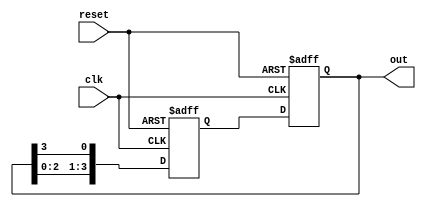
module RingCounter(
    input wire clk,
    input wire reset,
    output reg [3:0] out
);

reg [3:0] next_out;

always @(posedge clk or posedge reset) begin
    if (reset) begin
        next_out <= 4'b0001;
    end else begin
        next_out <= {out[2:0], out[3]};
    end
end

always @(posedge clk or posedge reset) begin
    if (reset) begin
        out <= 4'b0001;
    end else begin
        out <= next_out;
    end
end

endmodule